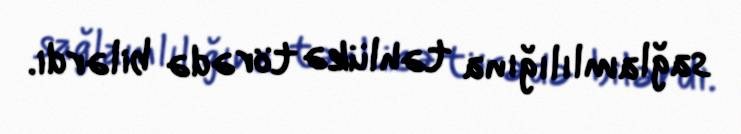
sağlamlılığına təhlükə törədə bilərdi.